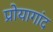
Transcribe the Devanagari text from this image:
प्रोयागांद